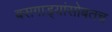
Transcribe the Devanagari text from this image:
बसगाड्यांसोबतच